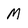
Character: M